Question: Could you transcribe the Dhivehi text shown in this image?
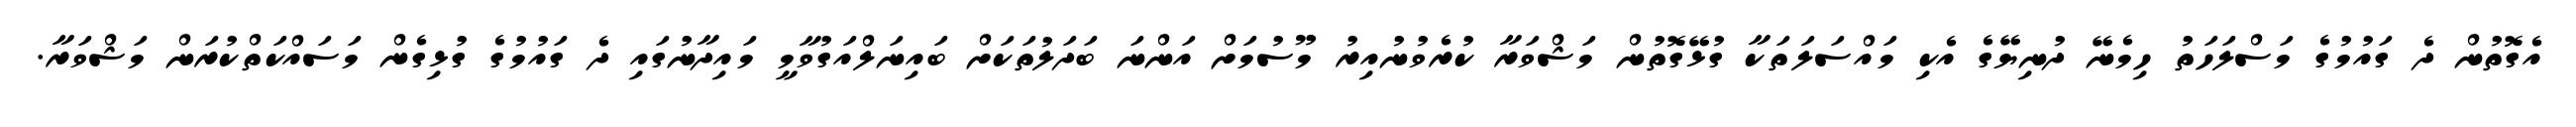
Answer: އެގޮތުން ދެ ގައުމުގެ މަސްލަހަތު ހިމެނޭ ދުނިޔޭގެ އެކި މައްސަލަތަކާ ގުޅޭގޮތުން މަޝްވަރާ ކުރެވުނުއިރު މޫސުމަށް އަންނަ ބަދަލުތަކަށް ބައިނަލްއަގުވާމީ މައިދާނުގައި ދެ ގައުމުގެ ގުޅިގެން މަސައްކަތްކުރަން މަޝްވަރާ.